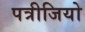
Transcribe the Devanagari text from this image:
पत्रीजियो